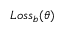
L o s s _ { b } ( \theta )